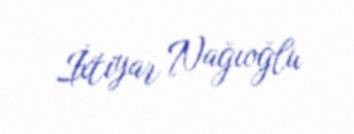
İxtiyar Nağıoğlu